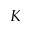
K